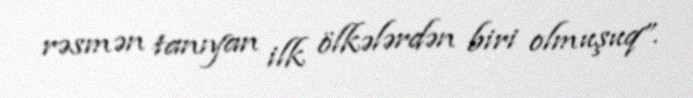
rəsmən tanıyan ilk ölkələrdən biri olmuşuq”.